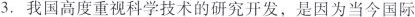
3.我国高度重视科学技术的研究开发，是因为当今国际